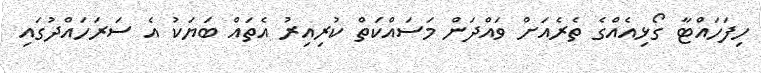
ހިފަހައްޓާ ގޯޅިއެއްގެ ތެރެއަށް ވައްދަން މަސައްކަތް ކުރިއިރު އެތައް ބަޔަކު އެ ސަރަހައްދުގައި